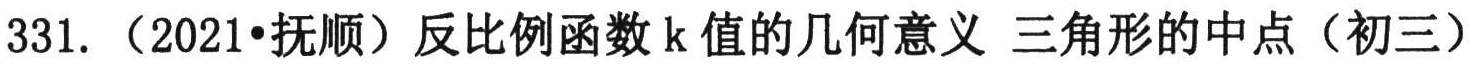
331. （2021•抚顺）反比例函数\(k\)值的几何意义 三角形的中点（初三）